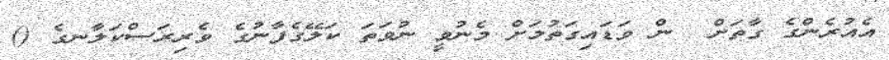
އެއުރެންގެ ގާތަށް  ން ވަޑައިގަތުމަށް މެނުވީ ނުވަތަ ކަލޭގެފާނުގެ ވެރިރަސްކަލާނގެ ()